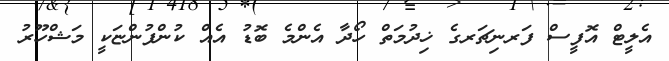
އެލީޓް އޮފީސް ފަރނިޗަރގެ ޚިދުމަތް ހޯދާ އެންމެ ބޮޑު އެއް ކުންފުންޏަކީ މަޝްހޫރު